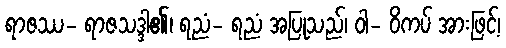
ရာဇဿ- ရာဇသဒ္ဒါ၏၊ ရညံ- ရညံ အပြုသည်၊ ဝါ- ဝိကပ် အားဖြင့်၊